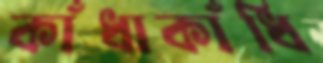
কাঁধাকাঁধি